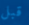
قبل